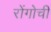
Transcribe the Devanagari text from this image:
रोंगोची